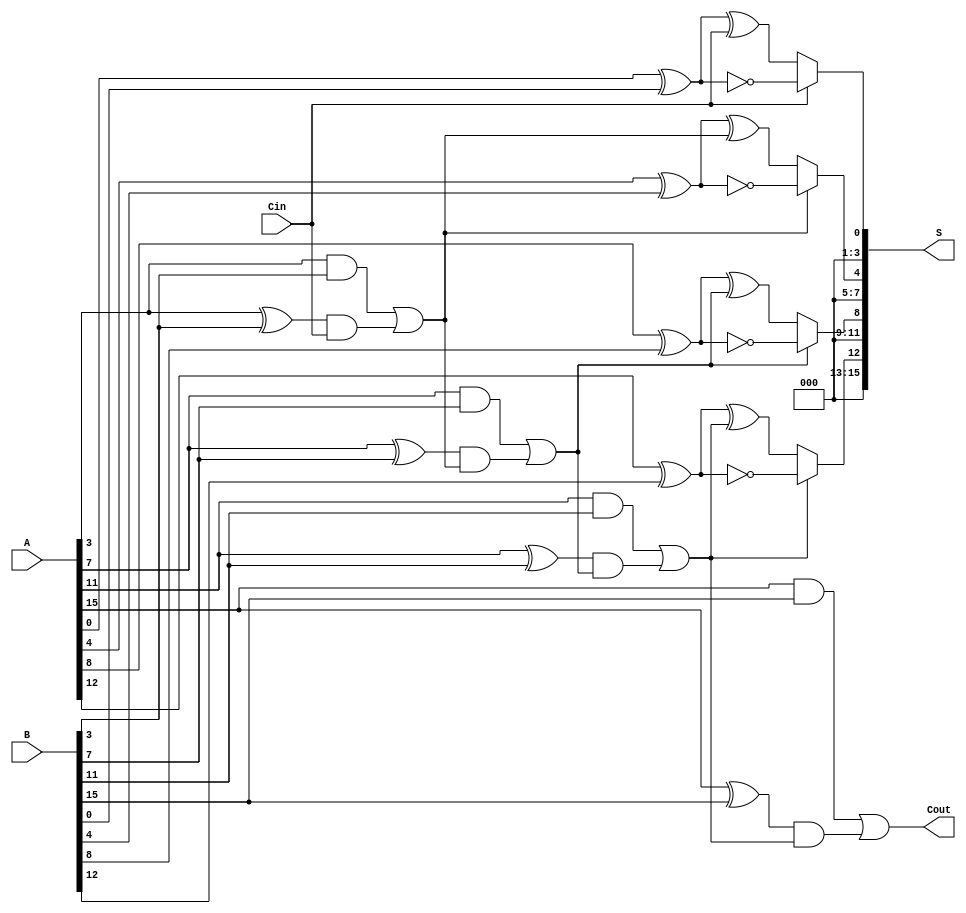
module CarrySelectAdder #(parameter n = 16, parameter m = 4) (
    input  [n-1:0] A,       // First operand
    input  [n-1:0] B,       // Second operand
    input  Cin,             // Carry input
    output [n-1:0] S,       // Sum output
    output Cout             // Carry output
);
    localparam num_segments = n / m;

    // Generate and Propagate signals
    wire [num_segments-1:0] G [0:m-1]; // Generate signals
    wire [num_segments-1:0] P [0:m-1]; // Propagate signals
    wire [num_segments:0] C; // Carry signals

    // Generate and Propagate calculations
    genvar i, j;
    for (i = 0; i < num_segments; i = i + 1) begin : gen_prop
        for (j = 0; j < m; j = j + 1) begin : inner
            assign G[i][j] = A[i*m+j] & B[i*m+j]; // Generate
            assign P[i][j] = A[i*m+j] ^ B[i*m+j]; // Propagate
        end
    end

    // Carry computation using prefix logic
    assign C[0] = Cin; // Initial carry input

    // Carry generation logic (Kogge-Stone or similar)
    for (i = 0; i < num_segments; i = i + 1) begin : carry_gen
        if (i == 0) begin
            assign C[i+1] = G[i][m-1] | (P[i][m-1] & C[i]);
        end else begin
            assign C[i+1] = G[i][m-1] | (P[i][m-1] & C[i]);
        end
    end

    // Select sums based on carry
    wire [n-1:0] S0, S1; // Sums for carry-in 0 and 1

    for (i = 0; i < num_segments; i = i + 1) begin : sum_select
        if (i == 0) begin
            assign S0[i*m +: m] = P[i][0] ^ C[0]; // First segment
            assign S1[i*m +: m] = P[i][0] ^ 1; // Assume carry-in = 1
        end else begin
            assign S0[i*m +: m] = P[i][0] ^ C[i]; // Subsequent segments
            assign S1[i*m +: m] = P[i][0] ^ 1; // Assume carry-in = 1
        end
    end

    // Final sum selection based on carry
    for (i = 0; i < num_segments; i = i + 1) begin : final_sum
        assign S[i*m +: m] = C[i] ? S1[i*m +: m] : S0[i*m +: m];
    end

    // Final carry-out
    assign Cout = C[num_segments];

endmodule